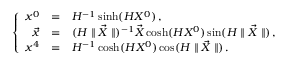
\left\{ \begin{array} { r c l l r } { { x ^ { 0 } } } & { { = } } & { { { \displaystyle H ^ { - 1 } \sinh ( H X ^ { 0 } ) } \, , } } \\ { { \vec { x } } } & { { = } } & { { ( H \parallel \vec { X } \parallel ) ^ { - 1 } \vec { X } \cosh ( H X ^ { 0 } ) \sin ( H \parallel \vec { X } \parallel ) \, , } } \\ { { x ^ { 4 } } } & { { = } } & { { H ^ { - 1 } \cosh ( H X ^ { 0 } ) \cos ( H \parallel \vec { X } \parallel ) \, . } } \end{array} \right.